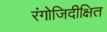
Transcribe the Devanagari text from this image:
रंगोजिदीक्षित